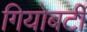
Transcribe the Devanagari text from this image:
गियोबर्टी